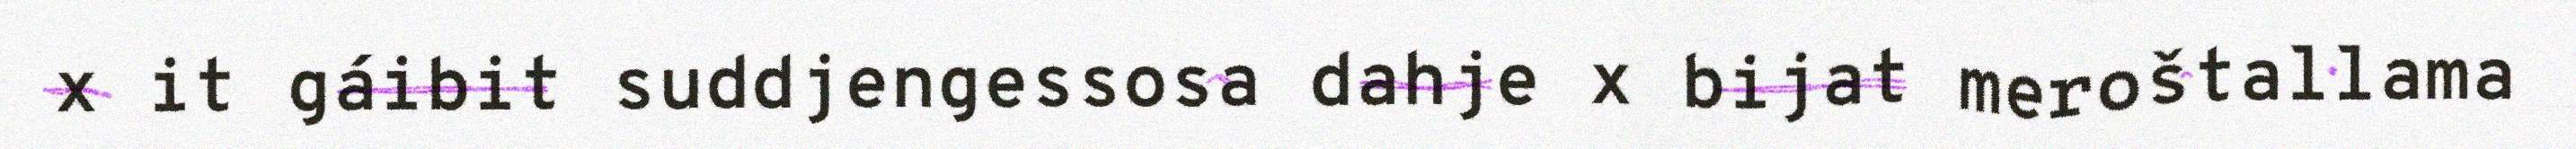
x it gáibit suddjengessosa dahje x bijat meroštallama